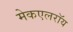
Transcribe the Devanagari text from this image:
मेकएलरॉय